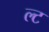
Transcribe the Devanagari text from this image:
ल्ट